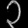
Digit: ၃